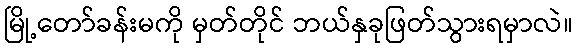
မြို့တော်ခန်းမကို မှတ်တိုင် ဘယ်နှခုဖြတ်သွားရမှာလဲ။